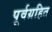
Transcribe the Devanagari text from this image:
पूर्वग्रहित